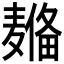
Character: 𱋦